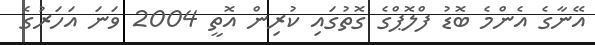
އޭނާގެ އެންމެ ބޮޑު ފްލޮޕްގެ ގޮތުގައި ކުރިން އޮތީ 2004 ވަނަ އަހަރުގެ